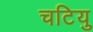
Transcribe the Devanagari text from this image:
चटियु